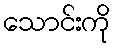
သောင်းကို